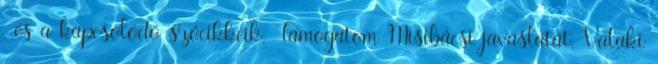
, és a kapcsolódó szócikkeik. Támogatom Misibácsi javaslatát. Valaki